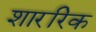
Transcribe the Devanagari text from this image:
शाररिक